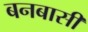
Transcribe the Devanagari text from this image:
बनबासी